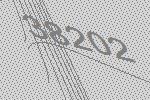
38202